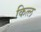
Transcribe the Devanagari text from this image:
कित्ल